Report of the King Institute of Preventive Medicine, Guindy
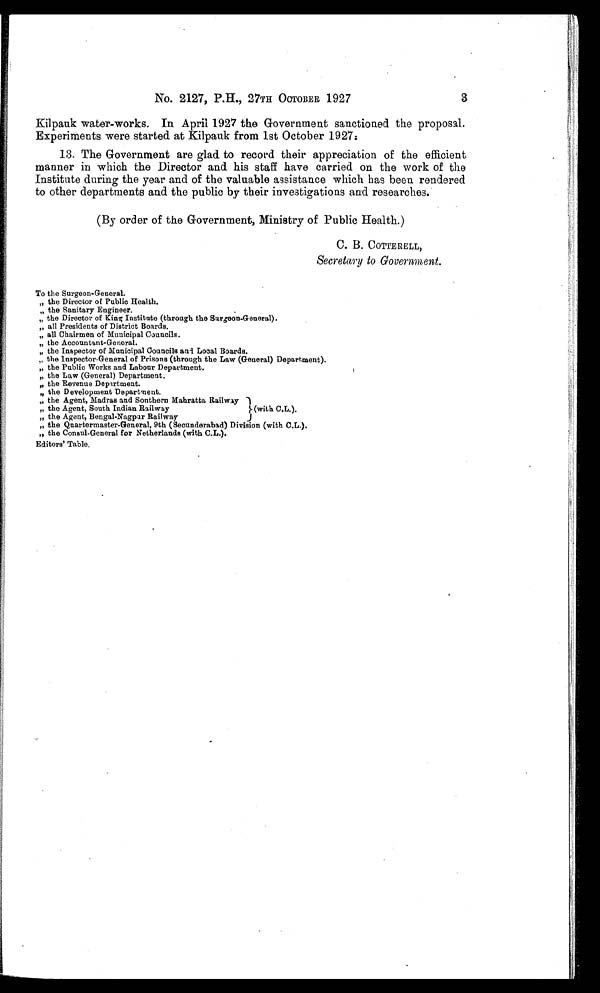
3
No. 2127, P.H., 27TH OCTOBER 1927
Kilpauk water-works. In April 1927 the Government sanctioned the proposal.
Experiments were started at Kilpauk from 1st October 1927.
13. The Government are glad to record their appreciation of the efficient
manner in which the Director and his staff have carried on the work of the
Institute during the year and of the valuable assistance which has been rendered
to other departments and the public by their investigations and researches.
(By order of the Government, Ministry of Public Health.)
C. B. COTTERELL,
Secretary to Government.
To the Surgeon-General.
" the Director of Public Health.
" the Sanitary Engineer.
" the Director of King Institute (through the Surgeon-General).
" all Presidents of District Boards.
" all Chairmen of Municipal Councils.
" the Accountant-General.
" the Inspector of Municipal Councils and Local Boards.
" the Inspector General of Prisons (through the Law (General) Department).
" the Public Works and Labour Department.
" the Law (General) Department.
" the Revenue Department.
" the Development Department.
" the Agent, Madras and Southern Mahratta Railway
" the Agent, South Indian Railway
(with C.L.).
" the Agent, Bengal-Nagpar Railway
" the Quartermaster-General, 9th (Secunderabad) Division (with C.L.).
" the Consul-General for Netherlands (with C.L.).
Editors' Table.